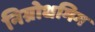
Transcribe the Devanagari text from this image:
निग्रोधमिग